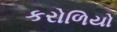
કરોળિયો